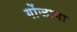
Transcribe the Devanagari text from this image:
गोंजागा